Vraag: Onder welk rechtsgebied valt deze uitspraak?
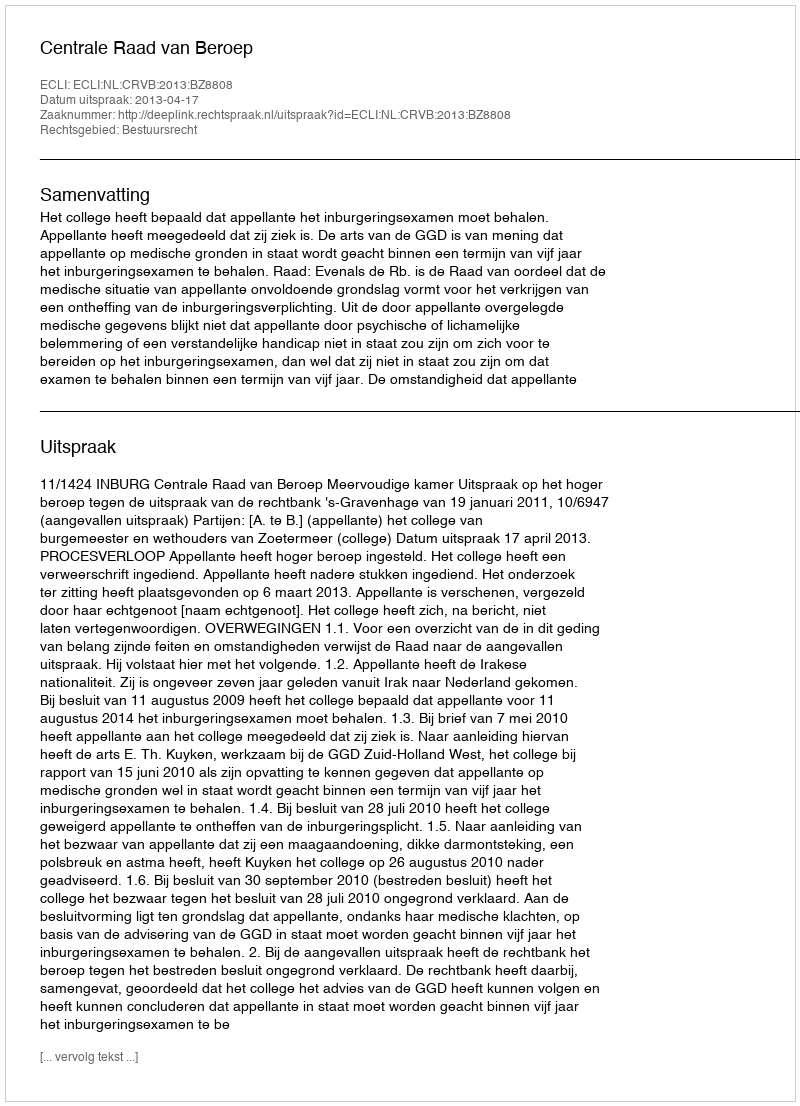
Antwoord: Bestuursrecht